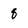
Character: 8